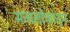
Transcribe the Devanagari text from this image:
सत्यलोकातून